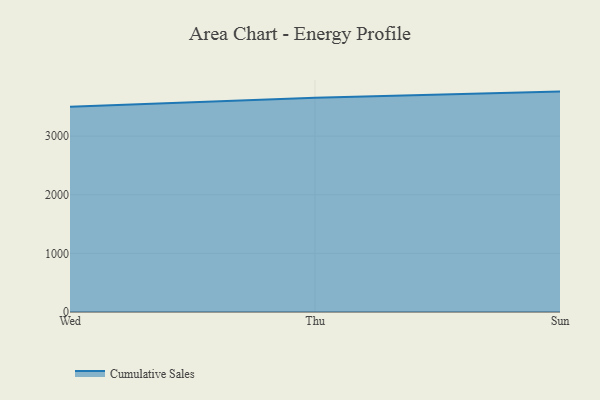
{"axis": {"x": "Day", "y": "Net Income (USD K)"}, "legend": ["Cumulative Sales"], "data": [{"x": "Wed", "y": 3502.1, "type": "Cumulative Sales"}, {"x": "Thu", "y": 3655.6, "type": "Cumulative Sales"}, {"x": "Sun", "y": 3760.4, "type": "Cumulative Sales"}]}